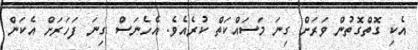
އެކި ގޮތްގޮތުން ވަރަށް ގިނަ މަސައްކަތް ކުރެއެވެ. އެހެނަސް ގިނަ ފަހަރަށް އެކަން